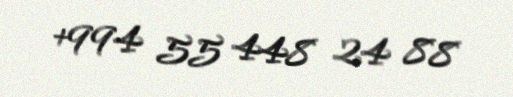
+994 55 448 24 88